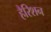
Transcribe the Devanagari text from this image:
हैरिशन